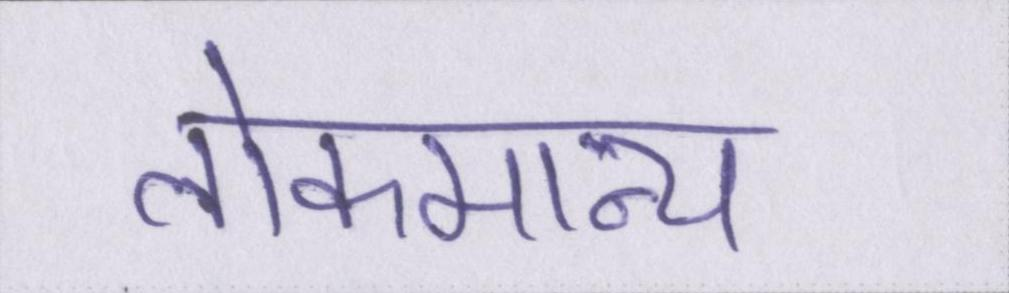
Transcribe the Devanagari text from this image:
लोकमान्य